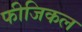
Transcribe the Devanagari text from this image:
फीजिकल